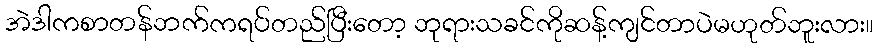
အဲဒါကစာတန်ဘက်ကရပ်တည်ပြီးတော့ ဘုရားသခင်ကိုဆန့်ကျင်တာပဲမဟုတ်ဘူးလား။